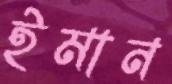
ইমান